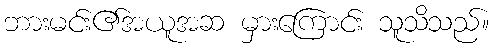
ဘားမင်း၏အယူအဆ မှားကြောင်း သူသိသည်။